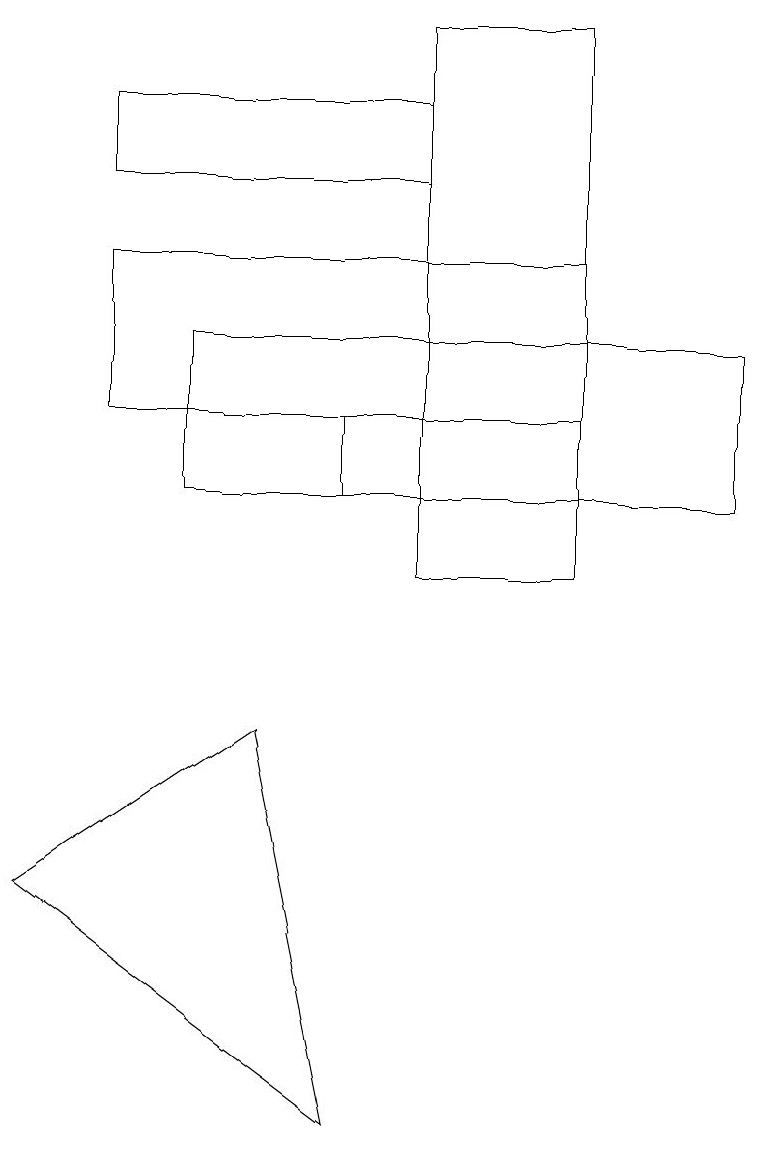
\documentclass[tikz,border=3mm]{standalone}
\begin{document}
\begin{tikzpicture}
\draw (5,17) rectangle (7,10);
\draw (3,8) -- (4,3) -- (0,6) -- cycle;
\draw (7,12) rectangle (1,14);
\draw (5,11) rectangle (4,12);
\draw (5,15) rectangle (1,16);
\draw (9,11) rectangle (2,13);
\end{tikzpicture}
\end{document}